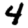
Digit: 4